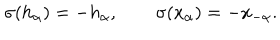
\sigma ( h _ { \alpha } ) = - h _ { \alpha } , \qquad \sigma ( x _ { \alpha } ) = - x _ { - \alpha } .